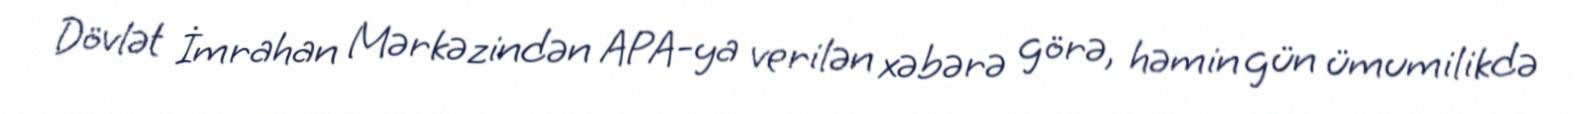
Dövlət İmrahan Mərkəzindən APA-ya verilən xəbərə görə, həmin gün ümumilikdə